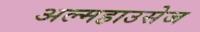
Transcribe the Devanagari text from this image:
अल्महाउसेज